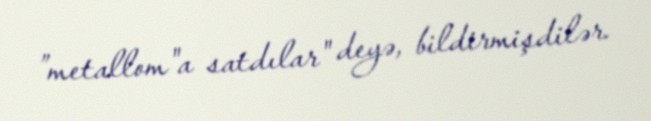
”metallom"a satdılar" deyə, bildirmişdilər.